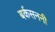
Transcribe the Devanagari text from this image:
बर्कसननी